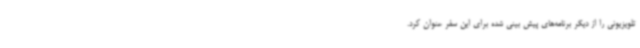
تلویزیونی را از دیگر برنامه‌های پیش بینی شده برای این سفر عنوان کرد.